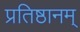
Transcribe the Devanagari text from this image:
प्रतिष्ठानम्